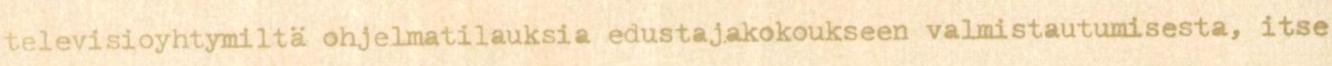
televisioyhtymiltä ohjelmatilauksia edustajakokoukseen valmistautumisesta, itse